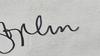
Signature authenticity: genuine